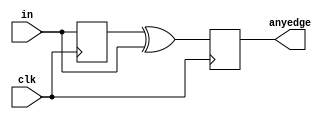
module top_module (
    input clk,
    input [7:0] in,
    output [7:0] anyedge
);
    reg [7:0] cache;
    always@(posedge clk)begin
        cache <=in;
        anyedge <= cache ^ in;
    end
endmodule